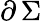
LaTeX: \partial\, \Sigma